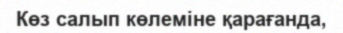
Көз салып көлеміне қарағанда,